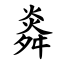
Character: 㷠